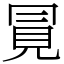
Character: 㒻